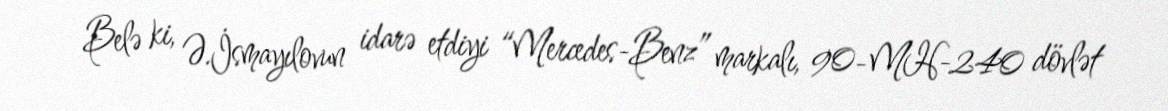
Belə ki, Ə.İsmayılovun idarə etdiyi “Mercedes-Benz” markalı, 90-MH-240 dövlət